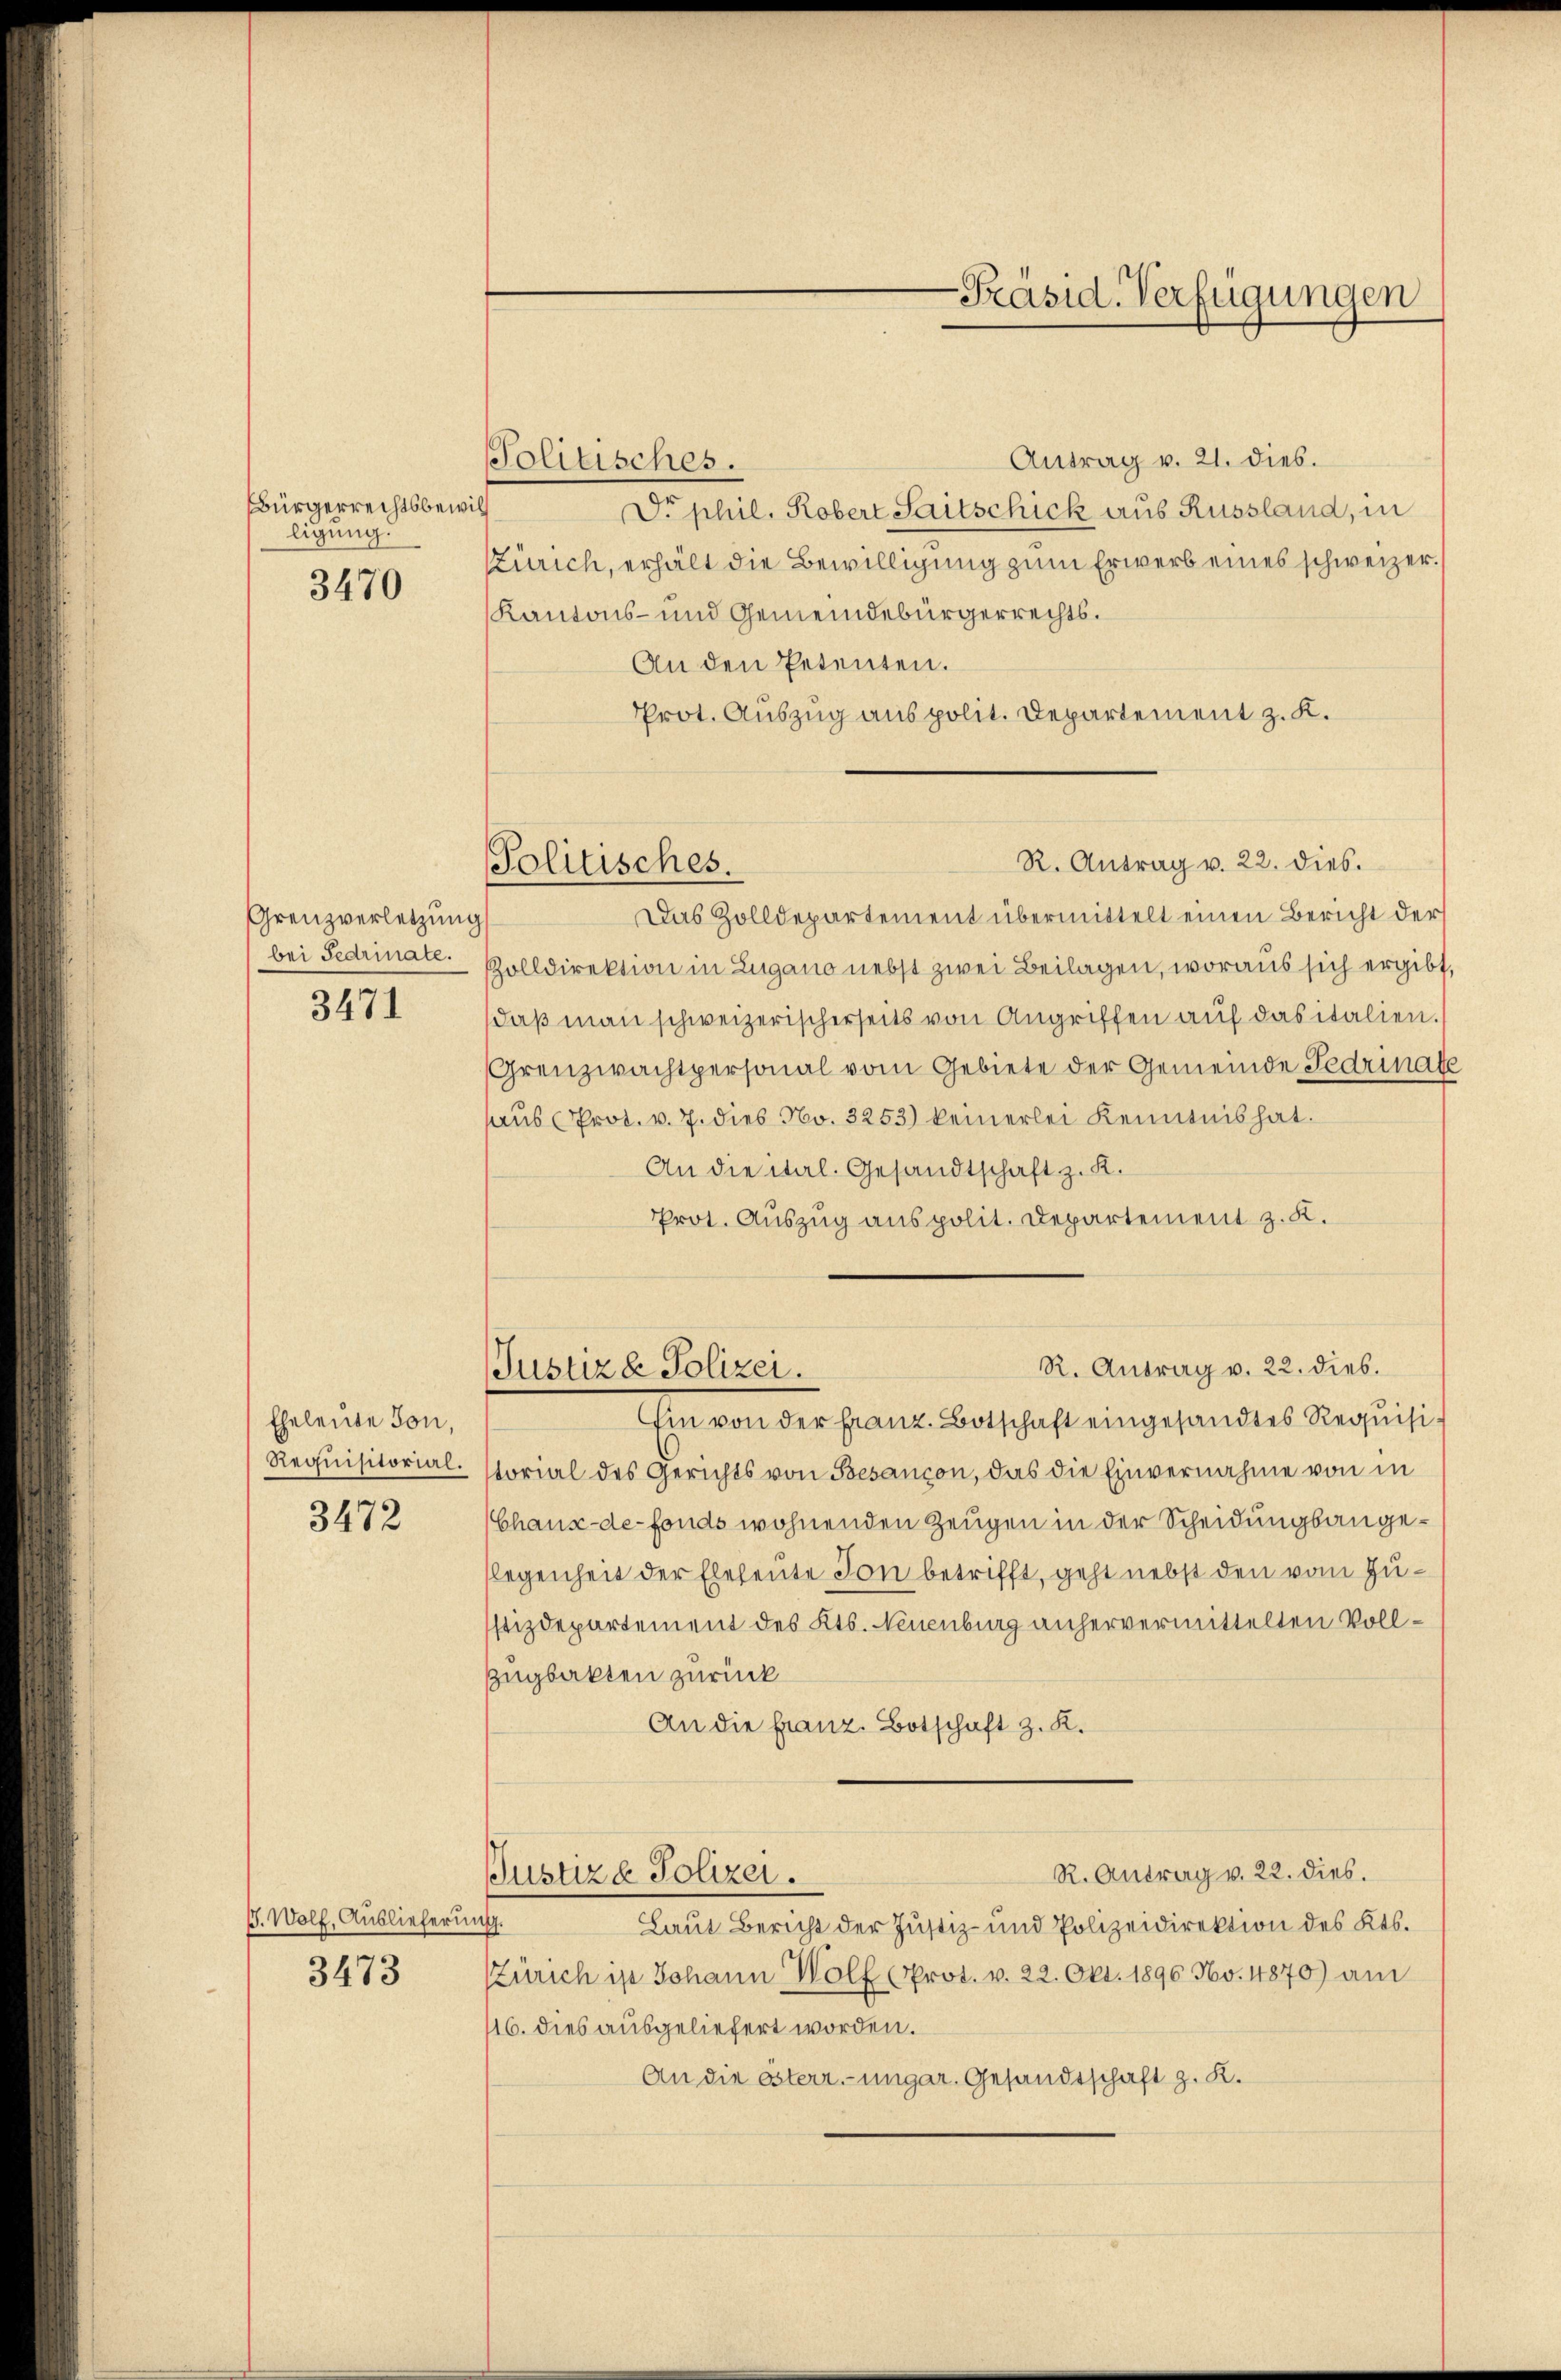
Bürgerrechtsbewil
ligung.

3470

Grenzverletzung
bei Fedrinate.

3471

Eheleute Ton,
Requisitorial.

3472

G. Wolf, Auslieferun

3473

Politisches.

Antrag v. 21. dies.
Politisches.
Di phil. Robert Saitschick aus Russland, in
ZZürich, erhält die Bewilligung zum Erwerb eines schweizer.
Kantons- und Gemeindebürgerrechts.
An den Petenten.
Prot. Auszug aus polit. Departement z. K.
R. Antrag v. 22. dies.
Das Zolldepartement übermittelt einen Bericht der
Zolldirektion in Zugano nebst zwei Beilagen, woraus sich ergibt,
daß man schweizerischerseits von Angriffen auf das italien.
Grenzwachtpersonal vom Gebiete der Gemeinde Fedrinate
aus Prot. v. 7. dies No. 3253) keinerlei Kenntnis hat.
An die ital. Gesandtschaft z. K.
Prot. Auszug aus polit. Departement z. K.
R. Antrag v. 22. dies.
Justiz & Polizei.
Ein von der Franz Botschaft eingesandtes Requisitorial des Gerichts von Besançon, das die Einvernahme von in
Chaux-de-Fonds wohnenden Zeugen in der Scheidungsangeflegenheit der Eheleute Ton betrifft, geht nebst den vom Zustizdepartement des Kts. Neuenburg anhervermittelten Voll¬
Zugbakten zurück
An die Franz. Botschaft z. K.
R. Antrag v. 22. dies.
Justiz & Polizei.
.
Laut Bericht der Justiz- und Polizeidirektion des Kts.
Zürich ist Johann Wolf Prot. v. 22. Okt. 1890 No. 1870) am
16. dies ausgeliefert worden.
An die österr-ungar. Gesandtschaft z. K.

-Präsid. Verfügungen